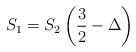
LaTeX: \begin{align*}S_{1}=S_{2}\left( \frac{3}{2}-\Delta \right) \end{align*}